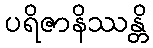
ပရိဇာနိဿန္တိ